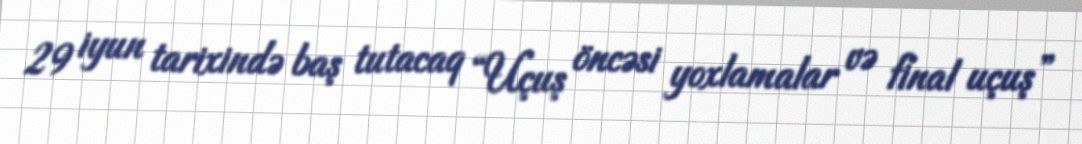
29 iyun tarixində baş tutacaq “Uçuş öncəsi yoxlamalar və final uçuş”